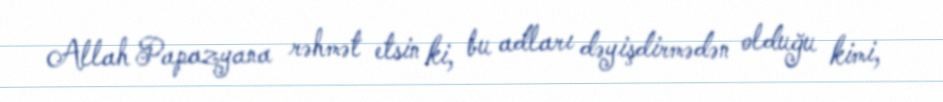
Allah Papazyana rəhmət etsin ki, bu adları dəyişdirmədən olduğu kimi,